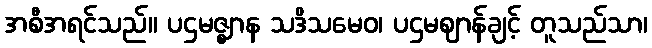
အစီအရင်သည်။ ပဌမဇ္ဈာန သဒိသမေဝ၊ ပဌမဈာန်ချင့် တူသည်သာ၊